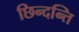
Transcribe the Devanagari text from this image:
छिन्दन्ति